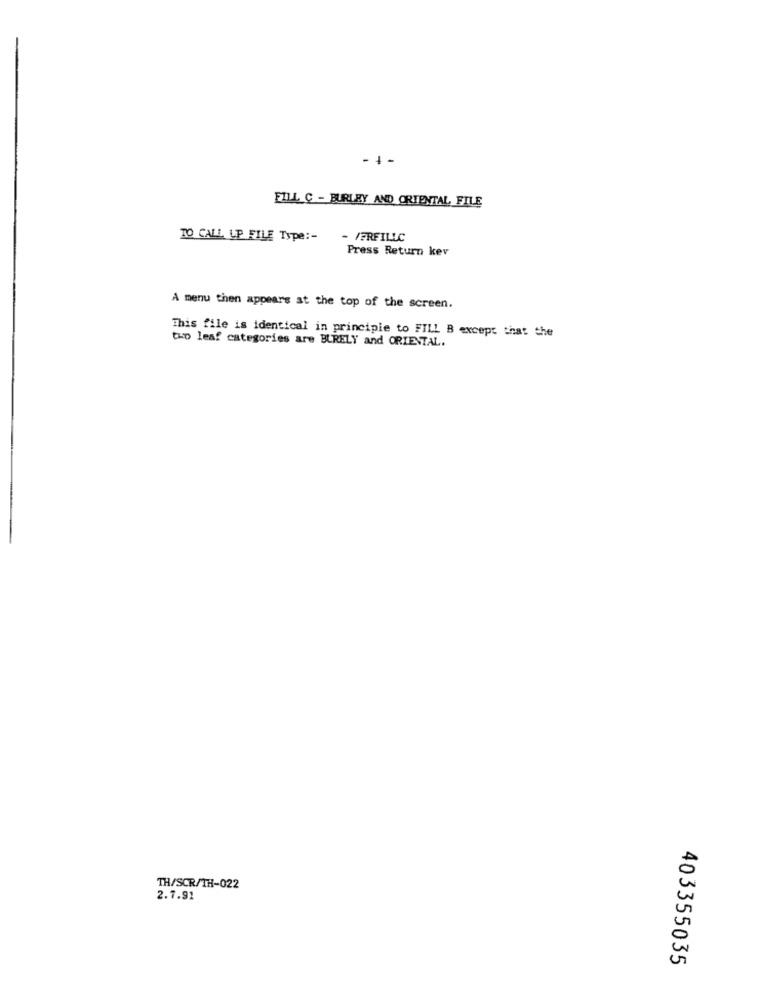
- 4 -
FILL C - BURLEY AND ORIENTAL FILE
TO CALL LP FILE Type :-
- PERFILLC
Press Return kev
A menu then appears at the top of the screen.
This file is identical in principle to FILL B except that the
two leaf categories are BLRELY and ORIENTAL.
TH/SCR/TH-022
2.7.91
403355035